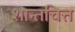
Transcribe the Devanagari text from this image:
शान्तचित्त